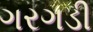
ગરગડી